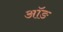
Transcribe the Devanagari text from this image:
ऑङ